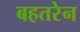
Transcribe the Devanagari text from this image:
बहतरेन